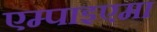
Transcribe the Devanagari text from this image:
एम्पाइएमा